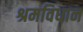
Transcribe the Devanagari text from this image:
श्रमविधान